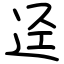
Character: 迳